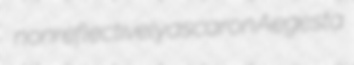
nonreflectively ascaron Aegesta